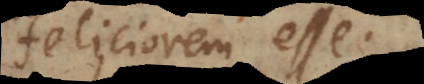
feliciorem esse.